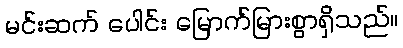
မင်းဆက် ပေါင်း မြောက်မြားစွာရှိသည်။